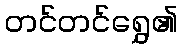
တင်တင်ရွှေ၏